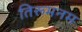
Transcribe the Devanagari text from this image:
तिरूमनम